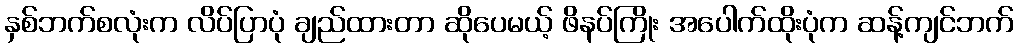
နှစ်ဘက်စလုံးက လိပ်ပြာပုံ ချည်ထားတာ ဆိုပေမယ့် ဖိနပ်ကြိုး အပေါက်ထိုးပုံက ဆန့်ကျင်ဘက်